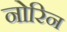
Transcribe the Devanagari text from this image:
नोरिन